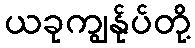
ယခုကျွန်ုပ်တို့